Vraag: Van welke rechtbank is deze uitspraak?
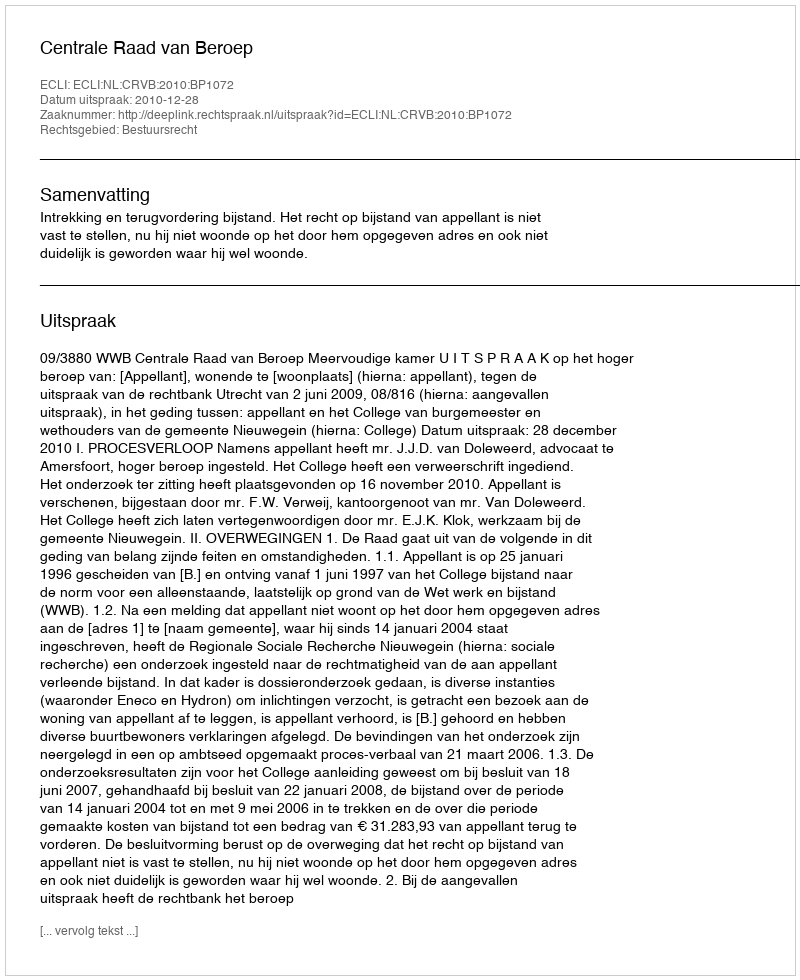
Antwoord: Centrale Raad van Beroep